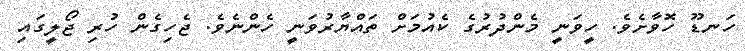
ހަނޑޫ ހޮވާށެވެ. ހީވަނީ މެންދުރުގެ ކެއުމަށް ތައްޔާރުވަނީ ހެންނެވެ. ޖެހިގެން ހުރި ޖޯލީގައި